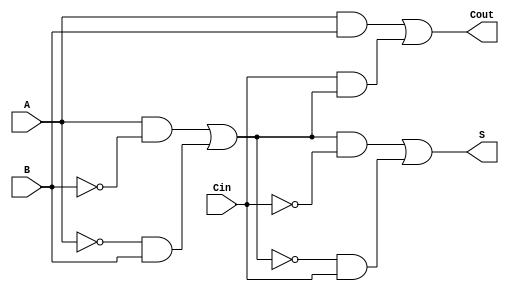
module TransmissionGateFullAdder (
    input wire A,      // First binary input
    input wire B,      // Second binary input
    input wire Cin,    // Carry input
    output wire S,     // Sum output
    output wire Cout    // Carry output
);

// Internal wires for intermediate signals
wire AB;         // A AND B
wire A_xor_B;   // A XOR B
wire Cin_xor_AB; // Cin XOR (A XOR B)

// Transmission Gate implementation of A XOR B
assign A_xor_B = (A & ~B) | (~A & B);

// Transmission Gate implementation of Sum S = A XOR B XOR Cin
assign S = (A_xor_B & ~Cin) | (~A_xor_B & Cin);

// Transmission Gate implementation of Cout = (A AND B) OR (Cin AND (A XOR B))
assign AB = A & B; // A AND B
assign Cout = AB | (Cin & A_xor_B);

endmodule